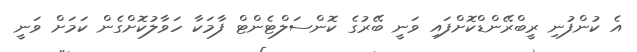
އެ ކުންފުނި ރީބްރޭންޑްކޮށްފައި ވަނީ ބޭރުގެ ކޮންސަލްޓެންޓް ފާމަކާ ހަވާލުކޮށްގެން ކަމަށް ވަނީ